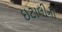
ઇટાલીની